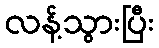
လန့်သွားပြီး